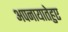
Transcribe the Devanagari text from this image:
अपनायातेहुए